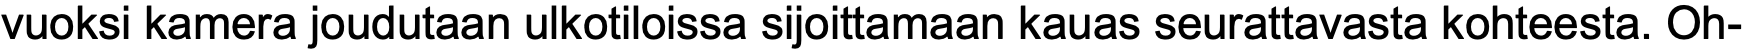
vuoksi kamera joudutaan ulkotiloissa sijoittamaan kauas seurattavasta kohteesta. Oh-